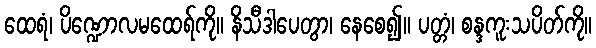
ထေရံ၊ ပိဏ္ဍောလမထေရ်ကို။ နိသီဒါပေတွာ၊ နေစေ၍။ ပတ္တံ၊ စန္ဒကူးသပိတ်ကို။